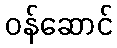
ဝန်ဆောင်